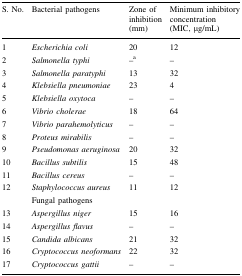
| S. No. | Bacterial pathogens | Zone of inhibition (mm) | Minimum inhibitory concentration (MIC, μg/mL) |
 | --- | --- | --- | --- |
 | 1 | Escherichia coli | 20 | 12 |
 | 2 | Salmonella typhi | –a | – |
 | 3 | Salmonella paratyphi | 13 | 32 |
 | 4 | Klebsiella pneumoniae | 23 | 4 |
 | 5 | Klebsiella oxytoca | – | – |
 | 6 | Vibrio cholerae | 18 | 64 |
 | 7 | Vibrio parahemolyticus | – | – |
 | 8 | Proteus mirabilis | – | – |
 | 9 | Pseudomonas aeruginosa | 20 | 32 |
 | 10 | Bacillus subtilis | 15 | 48 |
 | 11 | Bacillus cereus | – | – |
 | 12 | Staphylococcus aureus | 11 | 12 |
 |  | <COLSPAN=3> Fungal pathogens |
 | 13 | Aspergillus niger | 15 | 16 |
 | 14 | Aspergillus flavus | – | – |
 | 15 | Candida albicans | 21 | 32 |
 | 16 | Cryptococcus neoformans | 22 | 32 |
 | 17 | Cryptococcus gattii | – | – |